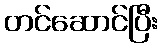
တင်ဆောင်ပြီး